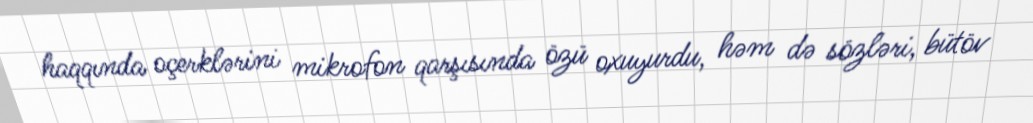
haqqında oçerklərini mikrofon qarşısında özü oxuyurdu, həm də sözləri, bütöv